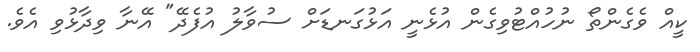
ކީއް ވެގެންތޯ ނުހުއްޓުވިގެން އުޅެނީ އަޅުގަނޑަށް ސުވާލު އުފެދޭ" އޭނާ ވިދާޅުވި އެވެ.